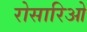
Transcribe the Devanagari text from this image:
रोसारिओ